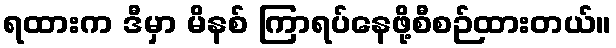
ရထားက ဒီမှာ မိနစ် ကြာရပ်နေဖို့စီစဉ်ထားတယ်။